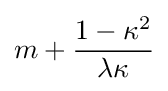
m+{\frac {1-\kappa ^{2}}{\lambda \kappa }}